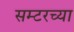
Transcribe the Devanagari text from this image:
सम्टरच्या